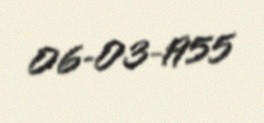
06-03-1955